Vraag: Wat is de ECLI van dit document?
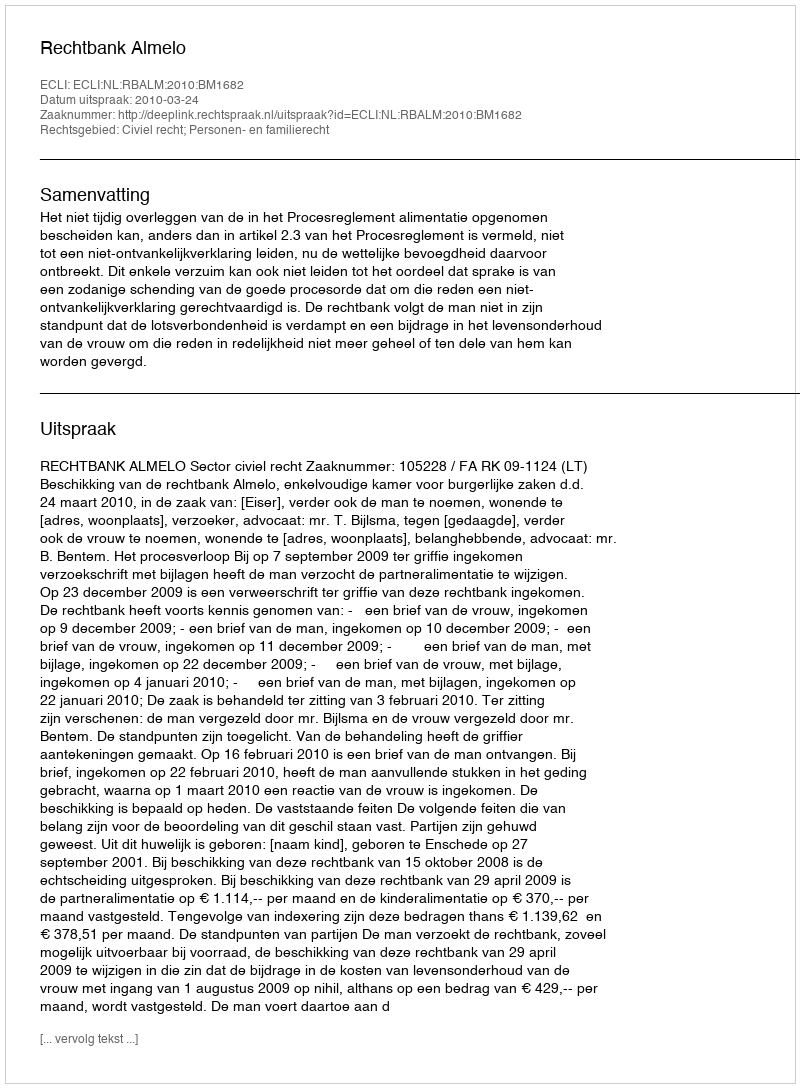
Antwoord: ECLI:NL:RBALM:2010:BM1682